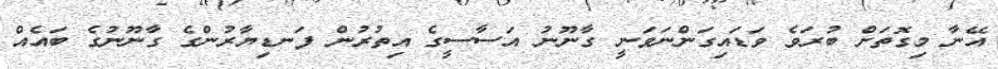
އޭނާ މިގޮތަށް ބުރަވެ ވަޑައިގަންނަވަނީ ގާނޫނު އަސާސީގެ އިތުރުން ފަނޑިޔާރުންގެ ގާނޫނުގެ ބައެއް